Civil Veterinary Department. Madras. Admin. report 1926-33 - 1926-1933
Year: 1926
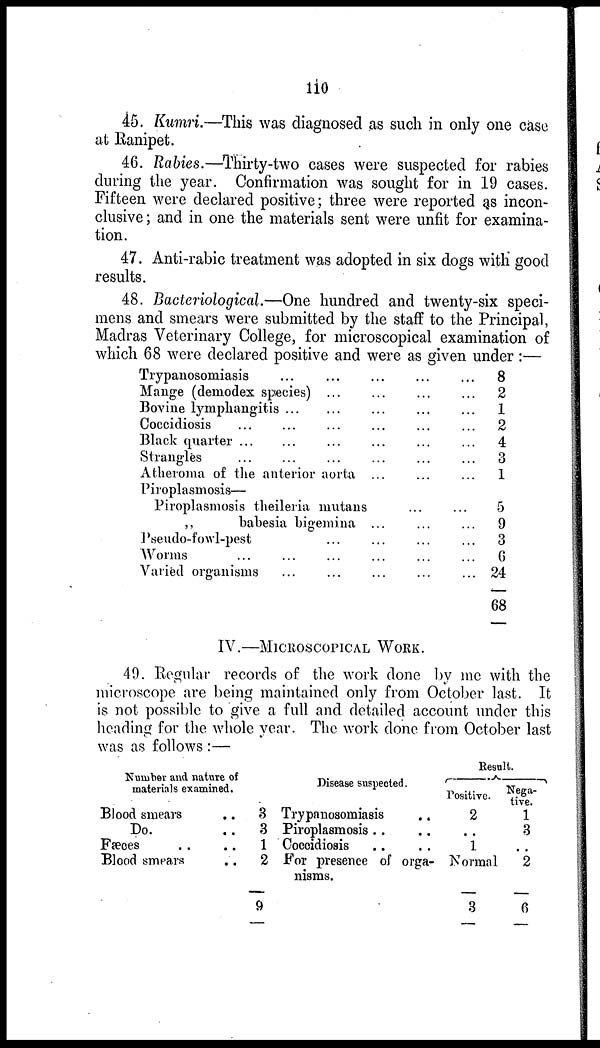
110
45. Kumri.—This was diagnosed as such in only one case
at Ranipet.
46. Rabies.—Thirty-two cases were suspected for rabies
during the year. Confirmation was sought for in 19 cases.
Fifteen were declared positive; three were reported as incon-
clusive; and in one the materials sent were unfit for examina-
tion.
47. Anti-rabic treatment was adopted in six dogs with good
results.
48. Bacteriological.—One hundred and twenty-six speci-
mens and smears were submitted by the staff to the Principal,
Madras Veterinary College, for microscopical examination of
which 68 were declared positive and were as given under:—
Trypanosomiasis
...
Mange (demodex species)
Bovine lymphangitis
Coccidiosis ...
Black quarter ...
Strangles ...
...
...
...
...
...
...
...
...
...
...
Atheroma of the anterior aorta
Piroplasmosis—
...
...
...
...
...
...
...
Piroplasmosis theileria mutans
„
babesia
bigemina
Pseudo-fowl-pest
Worms ...
Varied organisms
...
...
...
...
...
...
...
...
...
...
...
...
...
...
...
...
...
...
...
...
...
...
...
...
...
...
...
...
...
...
...
8
2
1
2
4
3
1
5
9
3
6
24
68
IV.—MICROSCOPICAL WORK.
49. Regular records of the work done by me with the
microscope are being maintained only from October last. It
is not possible to give a full and detailed account under this
heading for the whole year. The work done from October last
was as follows :—
Number and nature of
materials examined.
Blood smears ..
Do. ..
Fæces .. ..
Blood smears ..
3
3
1
2
9
Disease suspected.
Trypanosomiasis ..
Piroplasmosis .. ..
Coccidiosis .. ..
For presence of orga-
nisms.
Result.
Positive.
2
..
1
Normal
3
Nega-
tive.
1
3
..
2
6